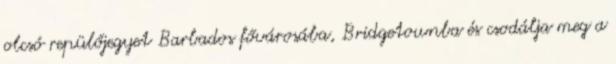
olcsó repülőjegyet Barbados fővárosába, Bridgetownba és csodálja meg a